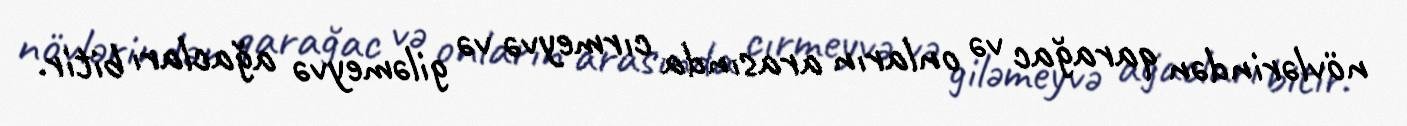
növlərindən qarağac və onların arasında cırmeyvə və giləmeyvə ağacları bitir.